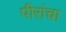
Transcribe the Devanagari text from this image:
पीरांचा